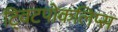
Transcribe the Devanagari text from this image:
ट्विटपोकलिप्स